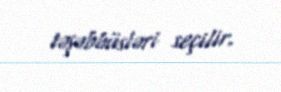
təşəbbüsləri seçilir.